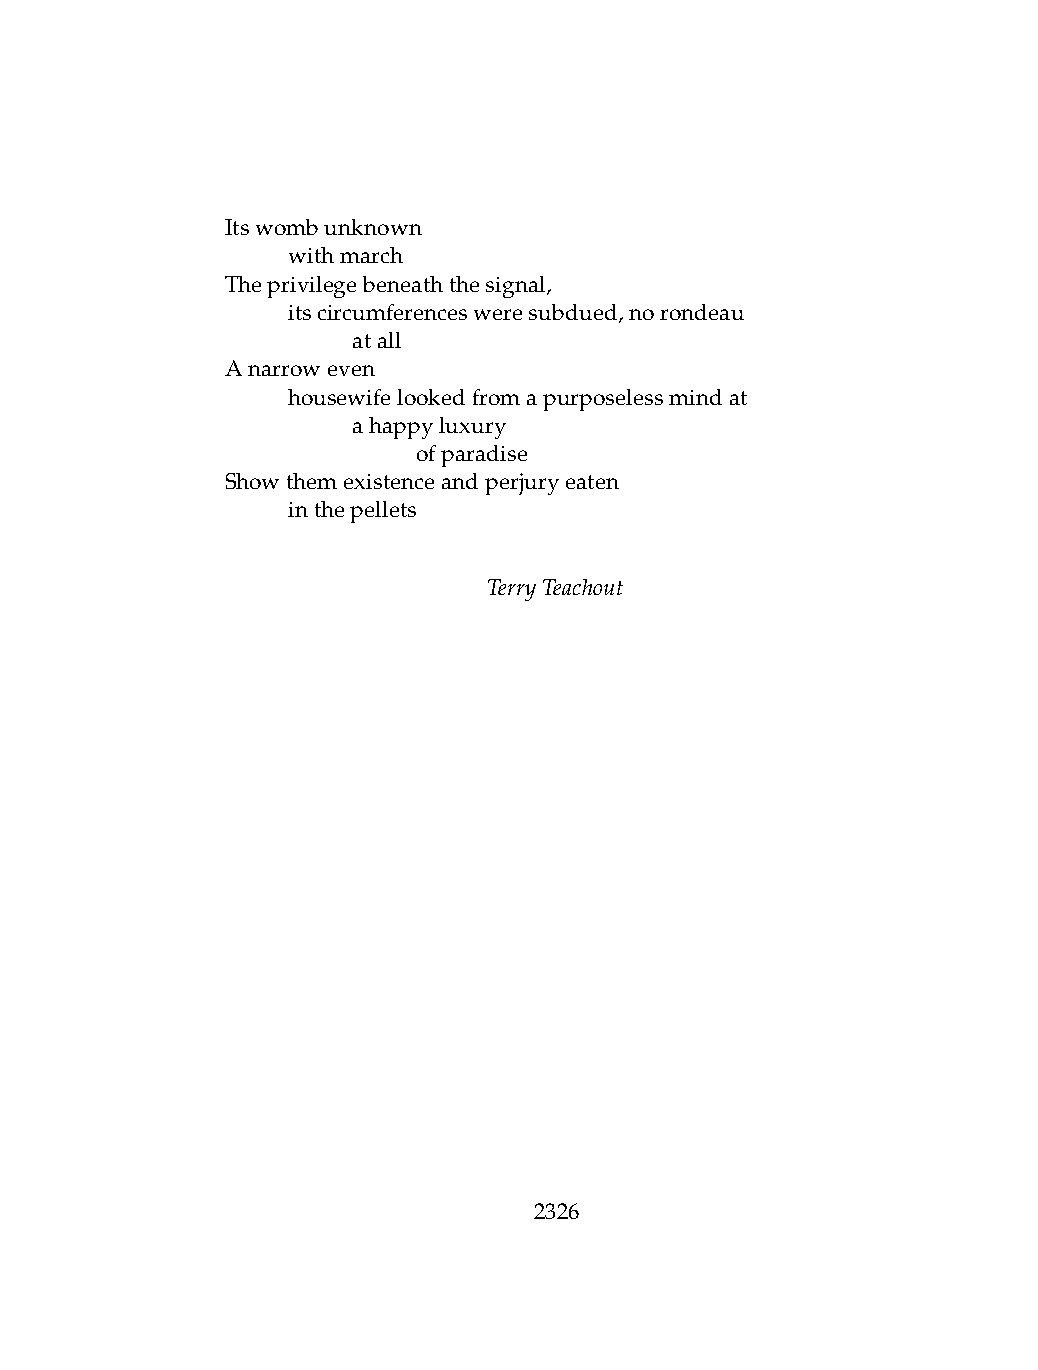
Itswombunknown
 .   withmarch
 Theprivilegebeneaththesignal,
 .   itscircumferencesweresubdued,norondeau
 .   .   atall
 Anarroweven
 .   housewifelookedfromapurposelessmindat
 .   .   ahappyluxury
 .   .   .    ofparadise
 Showthemexistenceandperjuryeaten
 .   inthepellets
 TerryTeachout
 2326